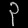
Digit: ၃